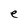
Character: e